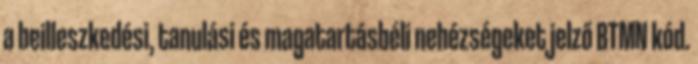
a beilleszkedési, tanulási és magatartásbéli nehézségeket jelző BTMN kód.